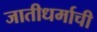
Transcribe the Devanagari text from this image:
जातीधर्माची